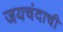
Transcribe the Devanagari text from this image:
जयचंदाची